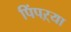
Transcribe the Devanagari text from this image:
पिंपऱ्या